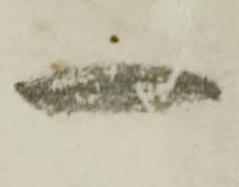
一